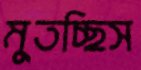
মুতচ্ছিস